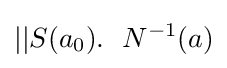
||S(a_{0}).~~N^{-1}(a)